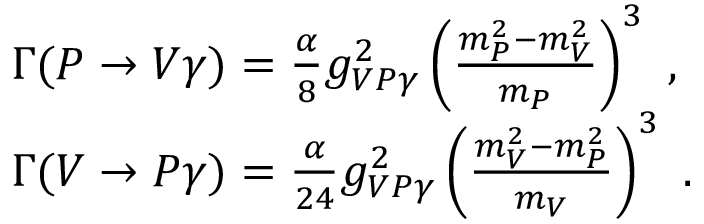
\begin{array} { l } { { \Gamma ( P \rightarrow V \gamma ) = \frac { \alpha } { 8 } g _ { V P \gamma } ^ { 2 } \left( \frac { m _ { P } ^ { 2 } - m _ { V } ^ { 2 } } { m _ { P } } \right) ^ { 3 } \ , } } \\ { { \Gamma ( V \rightarrow P \gamma ) = \frac { \alpha } { 2 4 } g _ { V P \gamma } ^ { 2 } \left( \frac { m _ { V } ^ { 2 } - m _ { P } ^ { 2 } } { m _ { V } } \right) ^ { 3 } \ . } } \end{array}